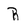
Character: R